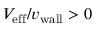
V _ { \mathrm { e f f } } / { v _ { \mathrm { w a l l } } } > 0